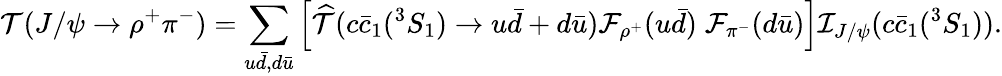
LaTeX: {\cal T}(J/\psi\to\rho^{+}\pi^{-})=\sum_{u\bar{d},d\bar{u}}\left[\widehat{\cal T}(c\bar{c}_{1}(^{3}S_{1})\to u\bar{d}+d\bar{u}){\cal F}_{\rho^{+}}(u\bar{d})\; {\cal F}_{\pi^{-}}(d\bar{u})\right]{\cal I}_{J/\psi}(c\bar{c}_{1}(^{3}S_{1})).